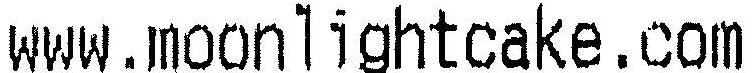
WWW.MOONLIGHTCAKE.COM